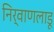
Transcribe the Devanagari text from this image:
निर्वाणलाडू